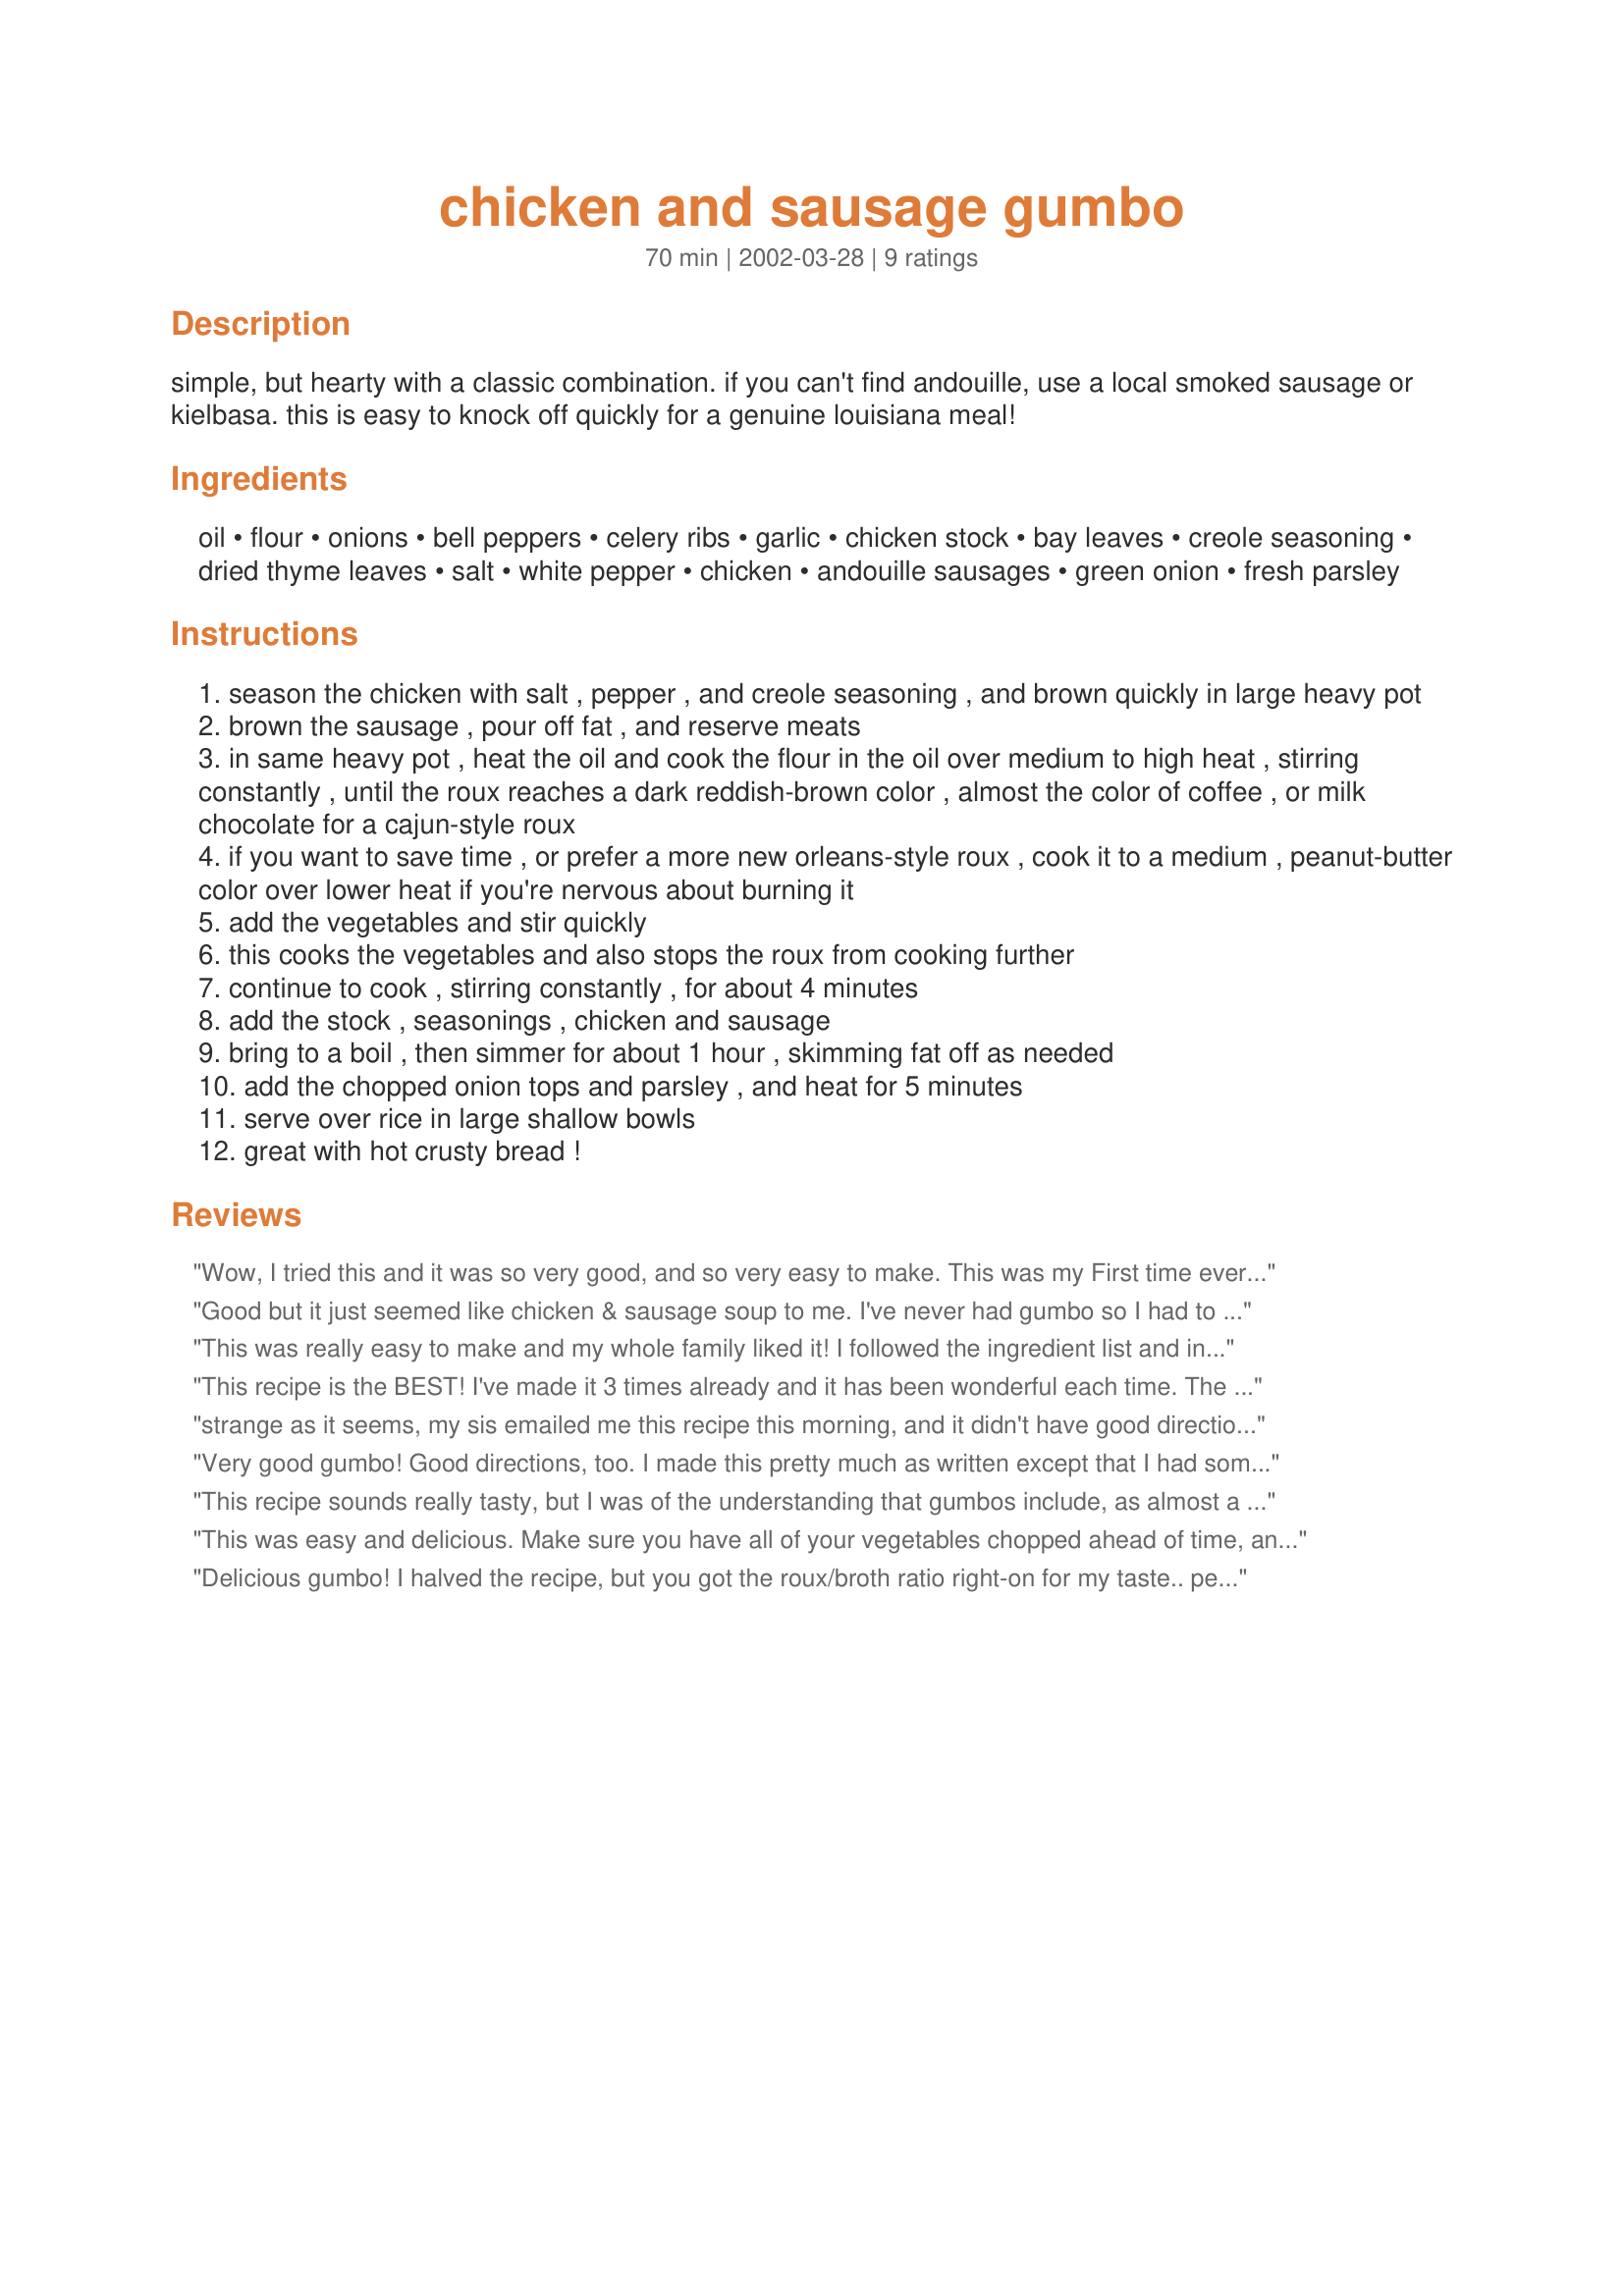
chicken and sausage gumbo
Preparation time: 70 minutes

simple, but hearty with a classic combination. if you can't find andouille, use a local smoked sausage or kielbasa. this is easy to knock off quickly for a genuine louisiana meal!

Ingredients:
oil, flour, onions, bell peppers, celery ribs, garlic, chicken stock, bay leaves, creole seasoning, dried thyme leaves, salt, white pepper, chicken, andouille sausages, green onion, fresh parsley

Steps:
season the chicken with salt , pepper , and creole seasoning , and brown quickly in large heavy pot
brown the sausage , pour off fat , and reserve meats
in same heavy pot , heat the oil and cook the flour in the oil over medium to high heat , stirring constantly , until the roux reaches a dark reddish-brown color , almost the color of coffee , or milk chocolate for a cajun-style roux
if you want to save time , or prefer a more new orleans-style roux , cook it to a medium , peanut-butter color over lower heat if you're nervous about burning it
add the vegetables and stir quickly
this cooks the vegetables and also stops the roux from cooking further
continue to cook , stirring constantly , for about 4 minutes
add the stock , seasonings , chicken and sausage
bring to a boil , then simmer for about 1 hour , skimming fat off as needed
add the chopped onion tops and parsley , and heat for 5 minutes
serve over rice in large shallow bowls
great with hot crusty bread !

Reviews:
Wow, I tried this and it was so very good, and so very easy to make.

This was my First time every trying my hand at a Gumbo!

Only thing I had problems with was that I did not have a stock pot to cook it all in. But I did put it in a Crock Pot and it lasted us a very long time.

It took me longer to have mine done, but boy was it worth the wait.

I used 3 packages of Smoked Sausages, and used Chicken breasts instead of the full chicken.

Thank you Wendy for such a Wonderful first time recipe!
Good but it just seemed like chicken & sausage soup to me. I've never had gumbo so I had to rely on dh here, who loves it - he also said it just seemed to taste like regular chicken soup. We might make this again and increase the seasonings, though.
This was really easy to make and my whole family liked it! I followed the ingredient list and instructions for the most part. I did add a few shakes of Tabasco and two pinches of a seasoning blend I bought on my last trip to New Orleans called "Voodoo Seasining". My husband told me I could make this again and the kids ate it without complaining, so it's a real winner in my house! Thanks Wendy for a great recipe!
This recipe is the BEST! I've made it 3 times already and it has been wonderful each time. The last time I made it, I made it for my son's 1st birthday party. Everyone LOVED it and I am here e-mailing the recipe now because everyone's been aasking me for it!!!!! I do add a little file. That is the only thing I add.
strange as it seems, my sis emailed me this recipe this morning, and it didn't have good directions, so I looked it up here, and lo and behold, there it was! With good directions, except for cutting up the sausage into pieces, lol. We loved it! I suggest that the salt not be added until near the end tho, after you have a chance to taste it first. We put 1/2 tsp. in it, and it verged on being too salty. Its turning cold here in Ohio, so its a wonderful dish to not only fill your belly, but warms the house at the same time. thanks! We loved it. I did change the size from 12 to 6 servings tho.
Very good gumbo! Good directions, too. I made this pretty much as written except that I had some spicy V-8 juice that needed to be used in something, so I substituted 2-3 cups of that for some of the broth. I used 1 pound of andouille sausage and 5 chicken breasts, and I increased the creole seasoning (Tony Chachere's) to 2 tablespoons. I only wish I had a pot big enough to make a double batch of this! It was really, really good.
This recipe sounds really tasty, but I was of the understanding that gumbos include, as almost a staple, okra. This recipe does not contain okra and I wonder if it is a personal preference or just an omission error.
I do, however, plan to make the recipe because it does sound pretty yummy.
This was easy and delicious. Make sure you have all of your vegetables chopped ahead of time, and ready to go. I followed the recipe except I used 1 1/2 lbs each boneless skinless chicken thighs and breasts. Next time I will wait and add the browned sausage about 15 minutes before the gumbo is done, as I would like it a little bit snappier. Oh, and I only used 3 quarts of chicken broth, as that is all I had. My two "Nawlins" guests loved it. Thanks for helping a Yank cook Southern.
Delicious gumbo! I halved the recipe, but you got the roux/broth ratio right-on for my taste.. perfectly thickened. I added a pound of shrimp, a can of corn and a couple tomatoes that didn't have anything else to do today.. I adjusted the Tony Chachere's to about 1 TBS, too.. perfect for our tastes.. I have this copied off and will remember you for the rest of my life.. well, your recipe anyway, lol.. Thanks much, Wendy.. - steve
